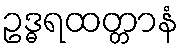
ဥဒ္ဓရထတ္တာနံ